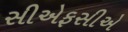
સીએફસીએ